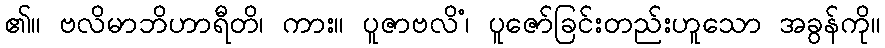
၏။ ဗလိမာဘိဟာရီတိ၊ ကား။ ပူဇာဗလိံ၊ ပူဇော်ခြင်းတည်းဟူသော အခွန်ကို။